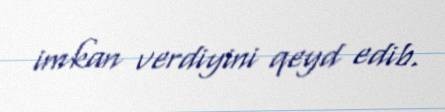
imkan verdiyini qeyd edib.